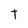
Character: T